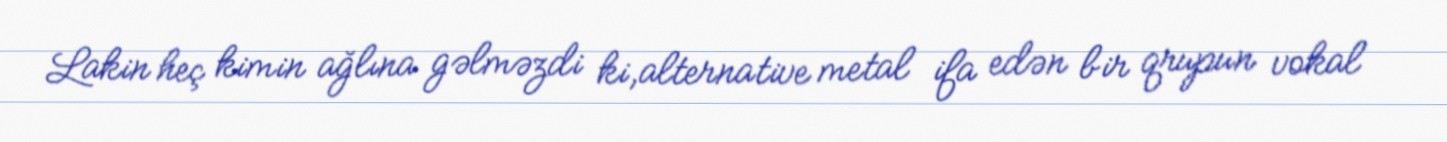
Lakin heç kimin ağlına gəlməzdi ki,alternative metal ifa edən bir qrupun vokal